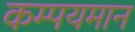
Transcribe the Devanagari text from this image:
कम्पयमान